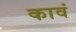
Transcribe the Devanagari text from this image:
कावं